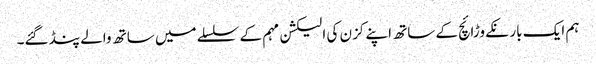
ہم ایک بار نکے وڑائچ کے ساتھ اپنے کزن کی الیکشن مہم کے سلسلے میں ساتھ والے پنڈ گئے۔